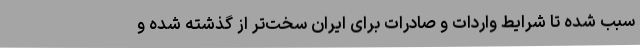
سبب شده تا شرایط واردات و صادرات برای ایران سخت‌تر از گذشته شده و